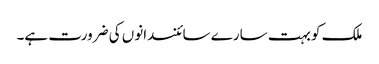
ملک کو بہت سارے سائنسدانوں کی ضرورت ہے۔